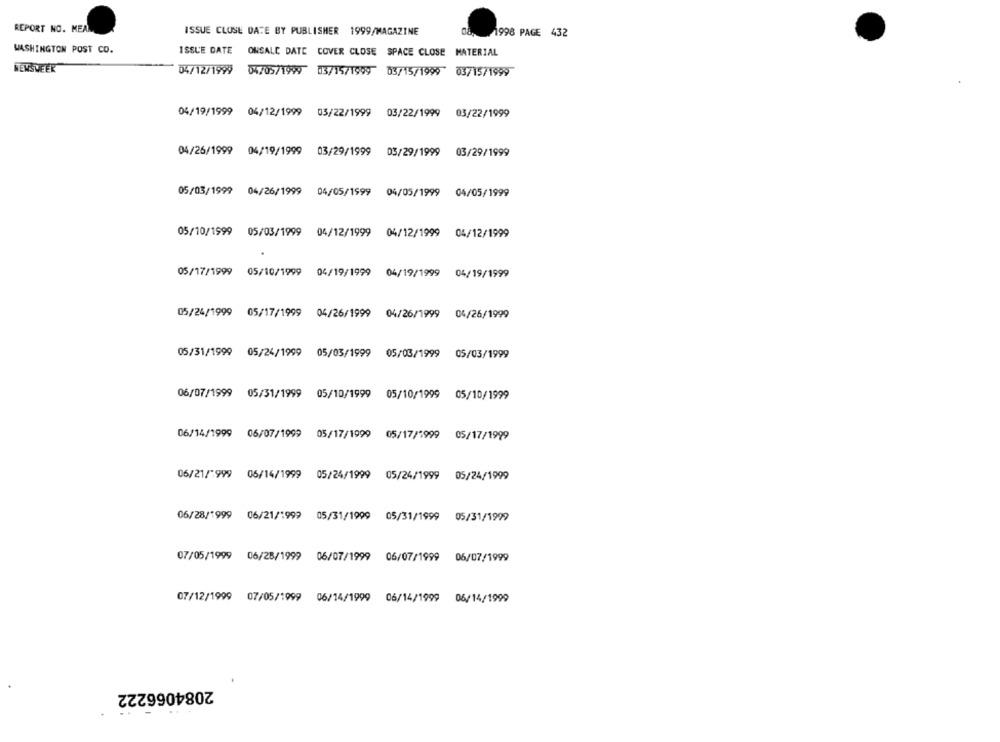
REPORT NO. MEAN
ISSUE CLOSE DATE BY PUBLISHER 1999/MAGAZINE
08. 1996 PAGE 432
WASHINGTON POST CO.
ISSUE DATE ONSALE DATE COVER CLOSE SPACE CLOSE MATERIAL
NEWSWEEK
04/12/1999 04/05/1999 03/15/1999 03/15/1999 03/15/1999
04/19/1999 04/12/1999 05/22/1999 03/22/1999 03/22/1999
04/26/1999 04/19/1999 03/29/1999
03/29/1999
03/29/1999
05/03/1999 04/26/1999 04/05/1999 04/05/1999 04/05/1999
05/10/1999 05/03/1999 04/12/1999 04/12/1999 04/12/1999
05/17/1999 05/10/1999 04/19/1999 04/19/1999 04/19/1999
05/24/1999 05/17/1999 04/26/1999 04/26/1999 04/26/1999
05/31/1999 05/24/1999 05/03/1999
05/03/1999
05/03/1999
06/07/1999 05/31/1999 05/10/1999 05/10/1999 05/10/1999
06/14/1999 06/07/1999 05/17/1999 05/17/1999 05/17/1999
06/21/ 999 06/14/1999 05/24/1999 05/24/1999 05/24/1999
06/28/1999 06/21/1999 05/31/1999 05/31/1999 05/31/1999
07/05/1999 06/28/1999 06/07/1999
06/07/1999 06/07/1999
07/12/1999 07/05/1999 06/14/1999 06/14/1999 06/14/1999
2084066222